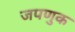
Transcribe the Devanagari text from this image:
जपणुक